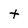
Character: t